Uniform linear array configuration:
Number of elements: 32
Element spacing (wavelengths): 0.5
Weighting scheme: kaiser
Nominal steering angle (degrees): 15
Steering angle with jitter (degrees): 13.724
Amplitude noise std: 0.05
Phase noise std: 0.05

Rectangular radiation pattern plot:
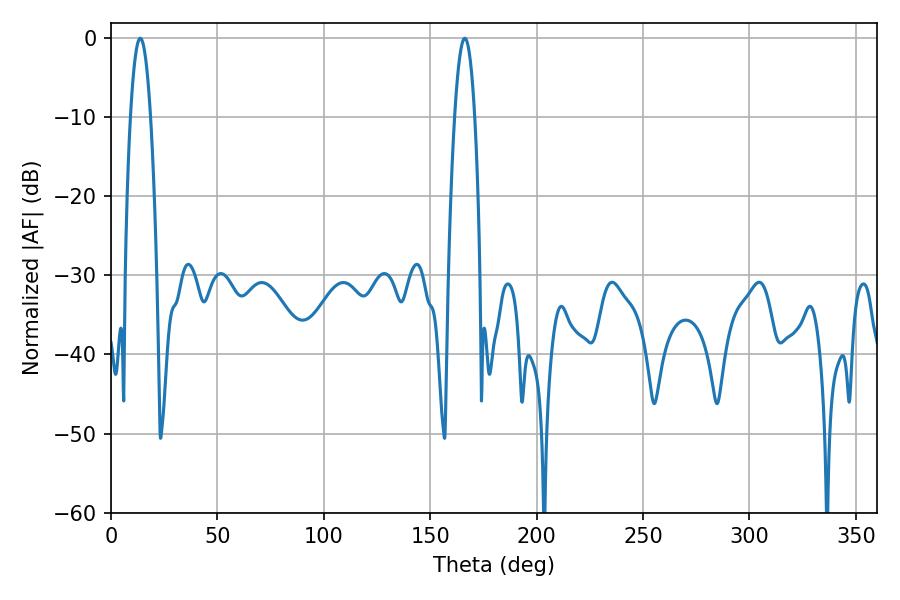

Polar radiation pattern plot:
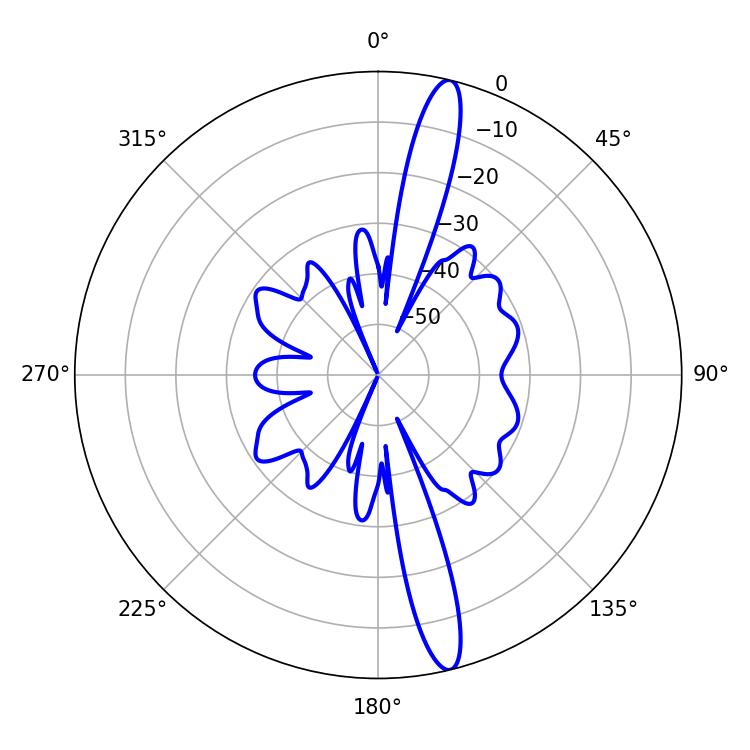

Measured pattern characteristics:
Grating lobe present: FALSE
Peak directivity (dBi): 16.247
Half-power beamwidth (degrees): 5.22
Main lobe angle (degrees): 13.68